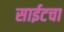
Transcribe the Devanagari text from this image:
साईटचा